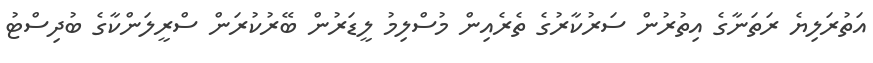
އަތުރަލިޔެ ރަތަނާގެ އިތުރުން ސަރުކާރުގެ ތެރެއިން މުސްލިމު ލީޑަރުން ބޭރުކުރަން ސްރީލަންކާގެ ބުދިސްޓު